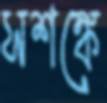
সশঙ্কে